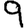
Digit: 9